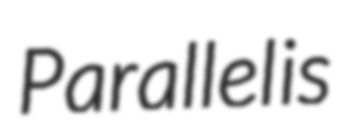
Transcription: Parallel is